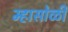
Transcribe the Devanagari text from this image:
म्हासोळी